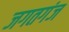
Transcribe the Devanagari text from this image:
जगतगंज